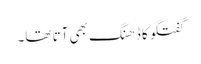
گفتگو کا ڈھنگ بھی آتا تھا۔